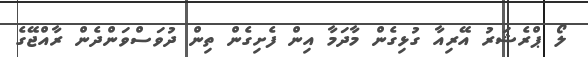
ލޯ ޕްރެޝަރު އޭރިއާ ގުޅިގެން މާދަމާ އިން ފެށިގެން ތިން ދުވަސްވަންދެން ރާއްޖޭގެ